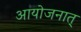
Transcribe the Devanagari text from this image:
आयोजनात्